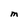
Character: M